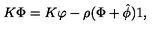
K \Phi = K \varphi - \rho ( \Phi + { \hat { \phi } } ) 1 ,